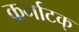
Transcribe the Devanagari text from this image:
कर्नाटक्